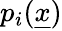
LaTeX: p_{i}(\underline{{x}})